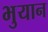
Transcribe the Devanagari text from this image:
भुयान